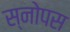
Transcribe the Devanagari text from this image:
स्नोपस